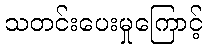
သတင်းပေးမှုကြောင့်